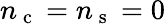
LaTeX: n_{\mathrm{~c~}}=n_{\mathrm{~s~}}=0